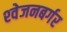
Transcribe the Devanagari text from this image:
श्‍वेजनबर्गर